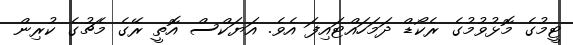
ޓީމުގެ މޮޅުވުމުގެ ރެކޯޑް ދަމަހައްޓައިފަ އެވެ. އަޔަކްސް އޮތީ ރޭގެ މެޗުގެ ކުރިން